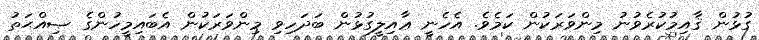
ގުޅުން ޤާއިމުކުރެވުނު މިންވަރަކުން ކަމެވެ. އެހެނީ ޢާއިލީގުޅުން ބަދަހިވި މިންވަރަކުން އެބައިމީހުންގެ ޞިއްޙަތު